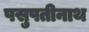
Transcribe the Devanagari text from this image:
पसुपतीनाथ